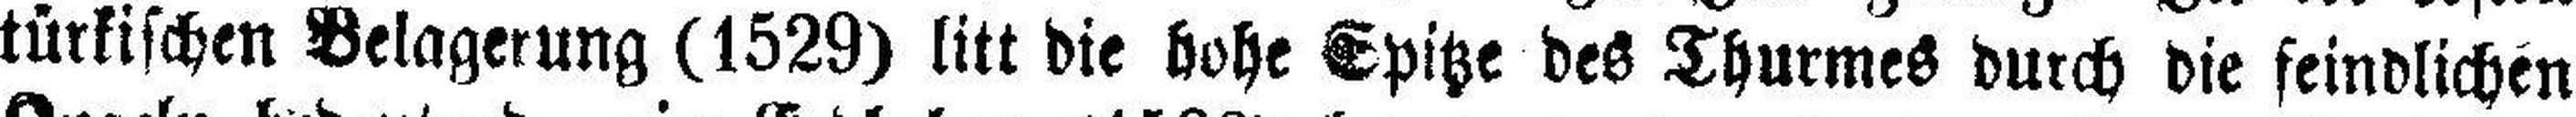
türkischen Belagerung (1529) litt die hohe Spitze des Thurmes durch die feindlichen